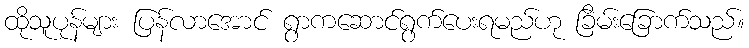
ထိုသူပုန်များ ပြန်လာအောင် ရွာကဆောင်ရွက်ပေးရမည်ဟု ခြိမ်းခြောက်သည်။